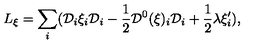
L _ { \xi } = \sum _ { i } ( { \cal D } _ { i } \xi _ { i } { \cal D } _ { i } - \frac { 1 } { 2 } { \cal D } ^ { 0 } ( \xi ) _ { i } { \cal D } _ { i } + \frac { 1 } { 2 } \lambda \xi _ { i } ^ { \prime } ) ,